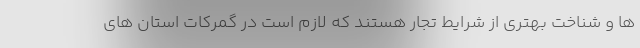
ها و شناخت بهتری از شرایط تجار هستند که لازم است در گمرکات استان های